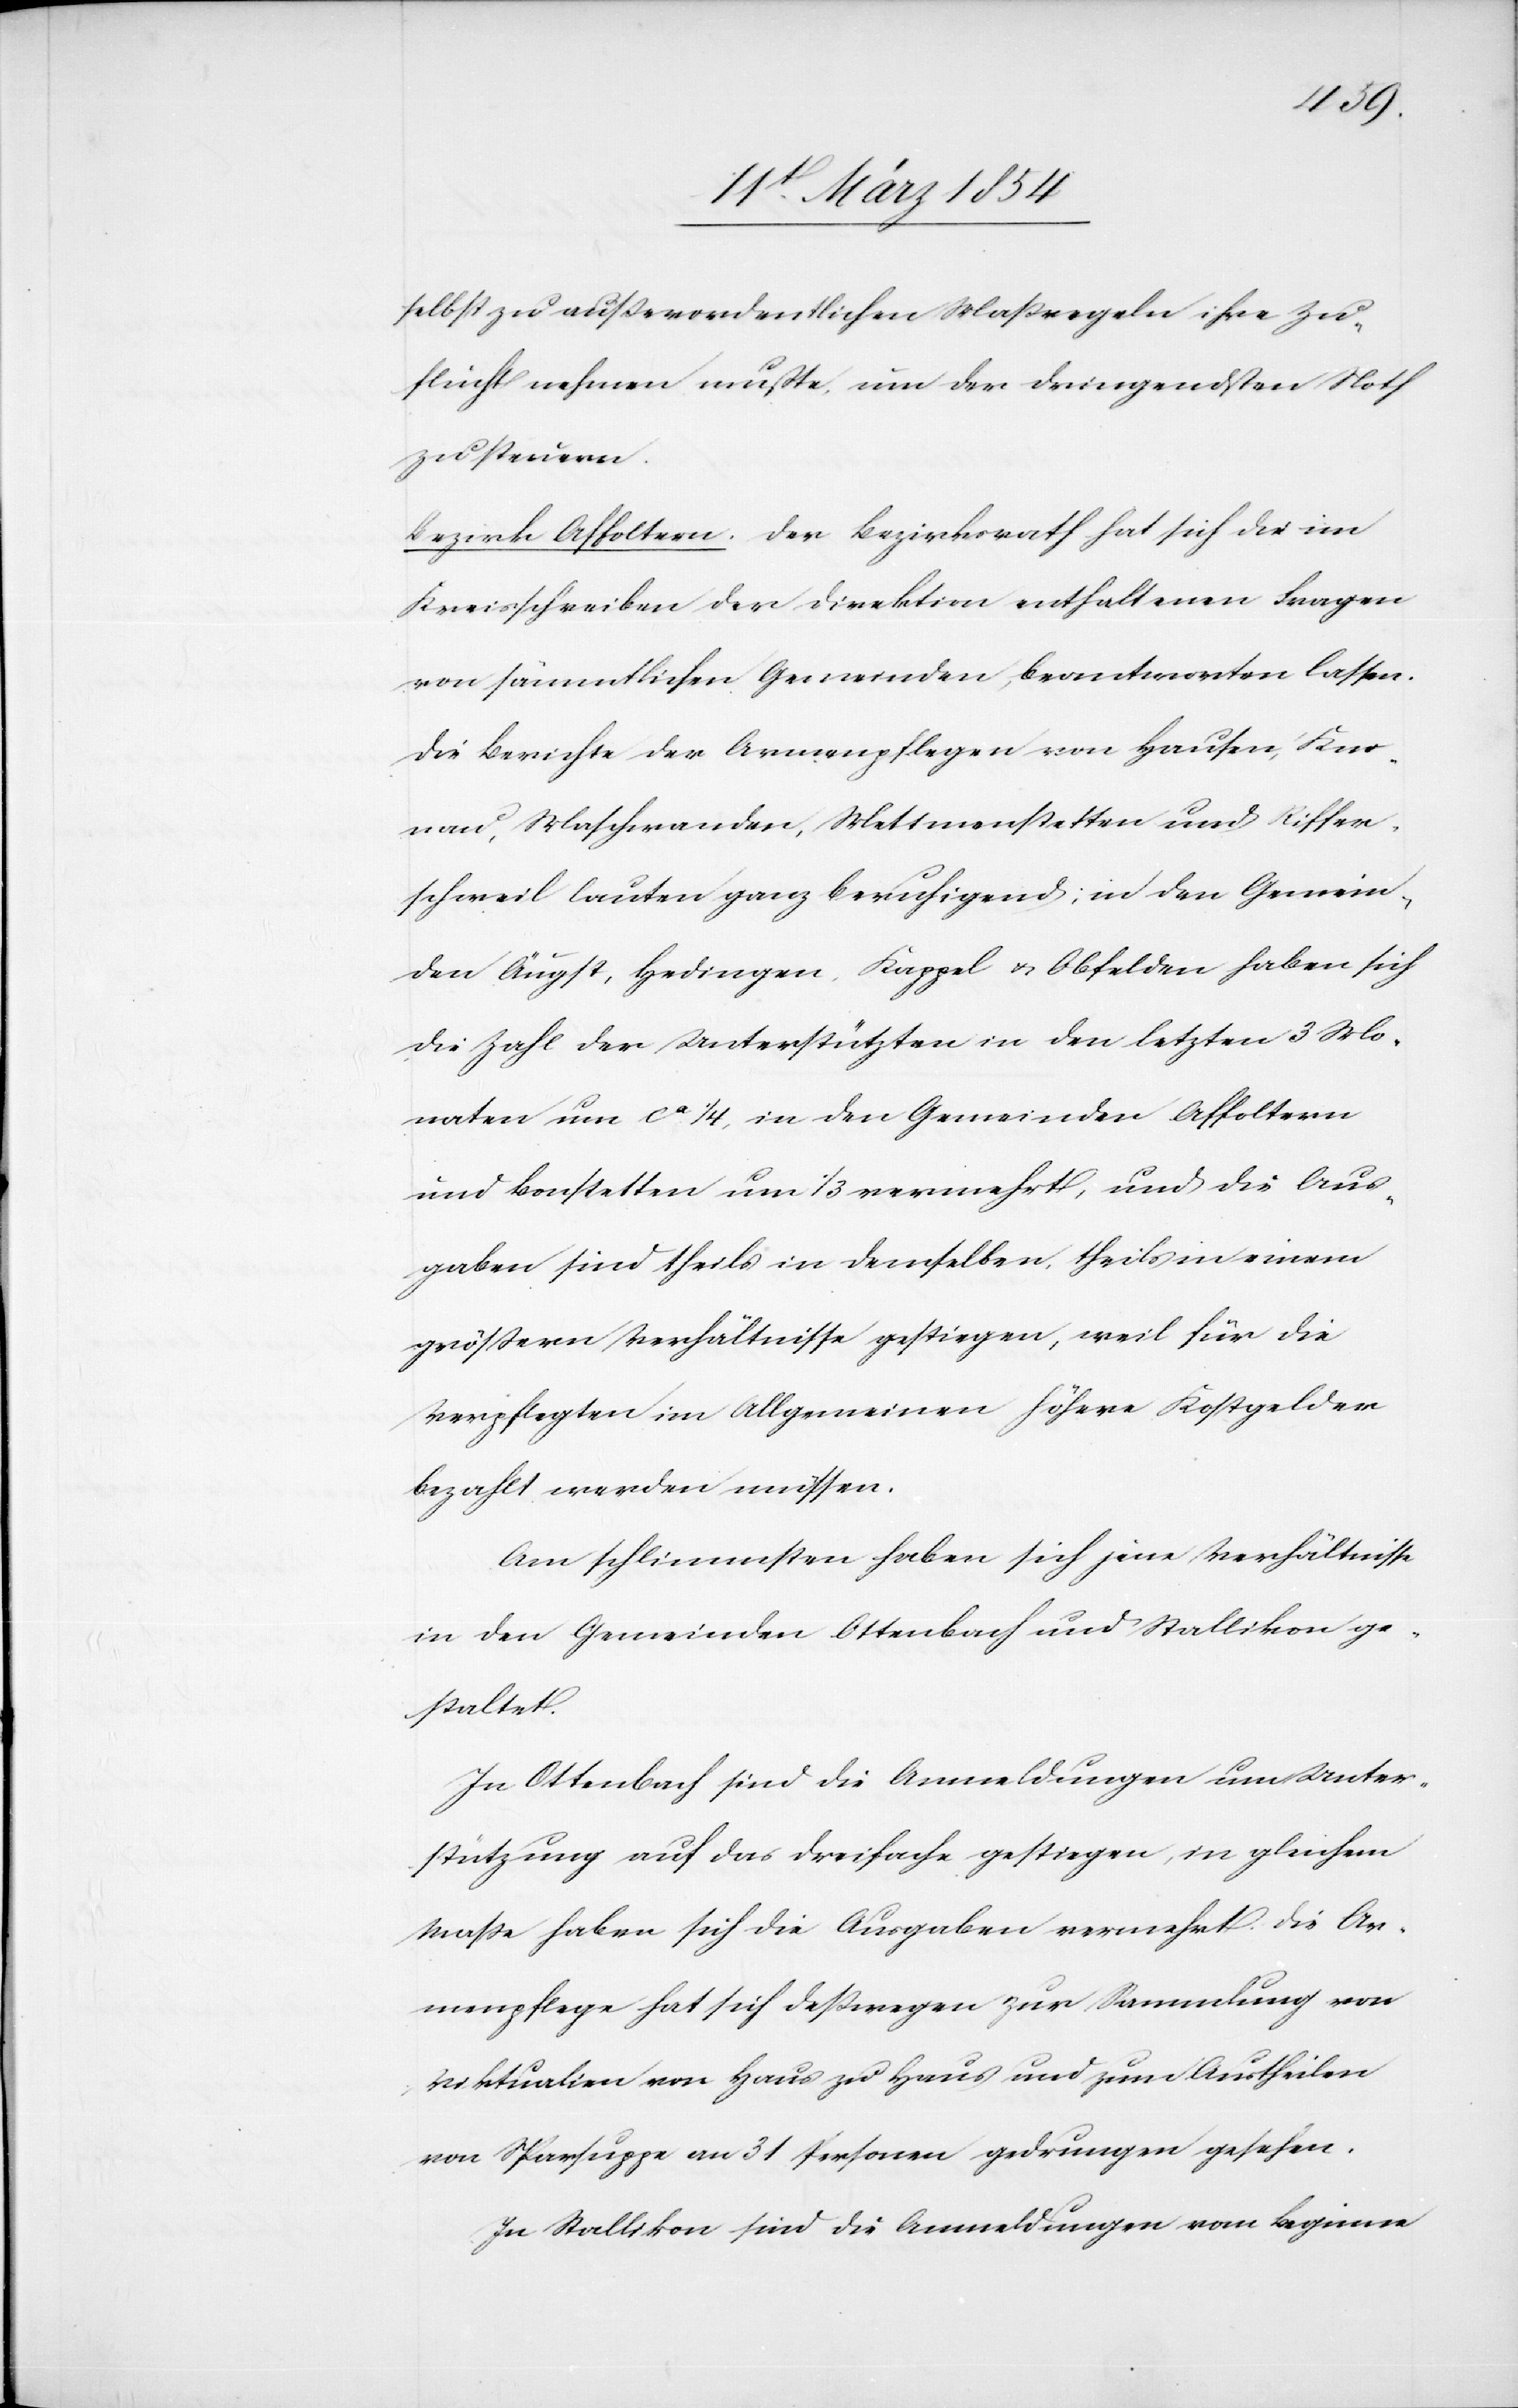
selbst zu außerordentlichen Maßregeln ihre Zu¬
flucht nehmen mußte, um der dringendsten Noth
zu steuern.
Bezirk Affoltern. Der Bezirksrath hat sich die im
Kreisschreiben der Direktion enthaltenen Fragen
von sämmtlichen Gemeinden beantworten lassen.
Die Berichte der Armenpflegen von Hausen, Kno¬
nau, Maschwanden, Mettmenstetten und Riffer¬
schweil lauten ganz beruhigend; in den Gemein¬
den Äugst, Hedingen, Kappel u. Obfelden haben sich
die Zahl der Unterstützten in den letzten 3 Mo¬
naten um ca 1/4, in den Gemeinden Affoltern
und Bonstetten um 1/3 vermehrt, und die Aus¬
gaben sind theils in demselben, theils in einem
größern Verhältnisse gestiegen, weil für die
Verpflegten im Allgemeinen höhere Kostgelder
bezahlt werden müssen.
Am schlimmsten haben sich jene Verhältnisse
in den Gemeinden Ottenbach und Stallikon ge¬
staltet.
In Ottenbach sind die Anmeldungen um Unter¬
stützung auf das Dreifache gestiegen, in gleichem
Maße haben sich die Ausgaben vermehrt. Die Ar¬
menpflege hat sich deßwegen zur Sammlung von
Viktualien von Haus zu Haus und zum Austheilen
von Sparsuppe an 31 Personen gedrungen gesehen.
In Stallikon sind die Anmeldungen vom Beginne